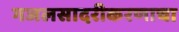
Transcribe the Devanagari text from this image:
गजलसादरीकरणाचा